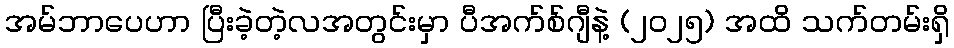
အမ်ဘာပေဟာ ပြီးခဲ့တဲ့လအတွင်းမှာ ပီအက်စ်ဂျီနဲ့ (၂၀၂၅) အထိ သက်တမ်းရှိ